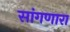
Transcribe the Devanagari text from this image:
सांंगणारा